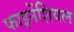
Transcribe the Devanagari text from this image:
फाइनेंशियल